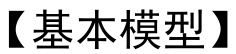
【基本模型】